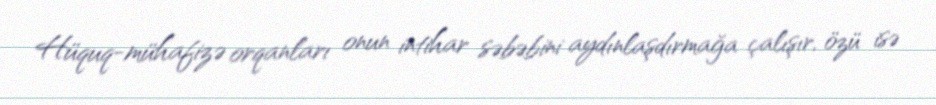
Hüquq-mühafizə orqanları onun intihar səbəbini aydınlaşdırmağa çalışır, özü isə